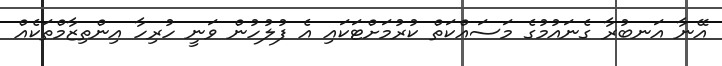
އޭނާ އަނބުރާ ގެނައުމުގެ މަސައްކަތް ކުރުމަށްޓަކައި އެ ފުލުހުން ވަނީ ހުރިހާ އިންތިޒާމްތަކެއް